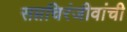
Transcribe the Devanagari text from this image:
सप्तचिरंजीवांची